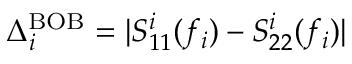
\Delta _ { i } ^ { \mathrm { B O B } } = | S _ { 1 1 } ^ { i } ( f _ { i } ) - S _ { 2 2 } ^ { i } ( f _ { i } ) |